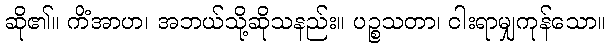
ဆို၏။ ကိံအာဟ၊ အဘယ်သို့ဆိုသနည်း။ ပဉ္စသတာ၊ ငါးရာမျှကုန်သော။